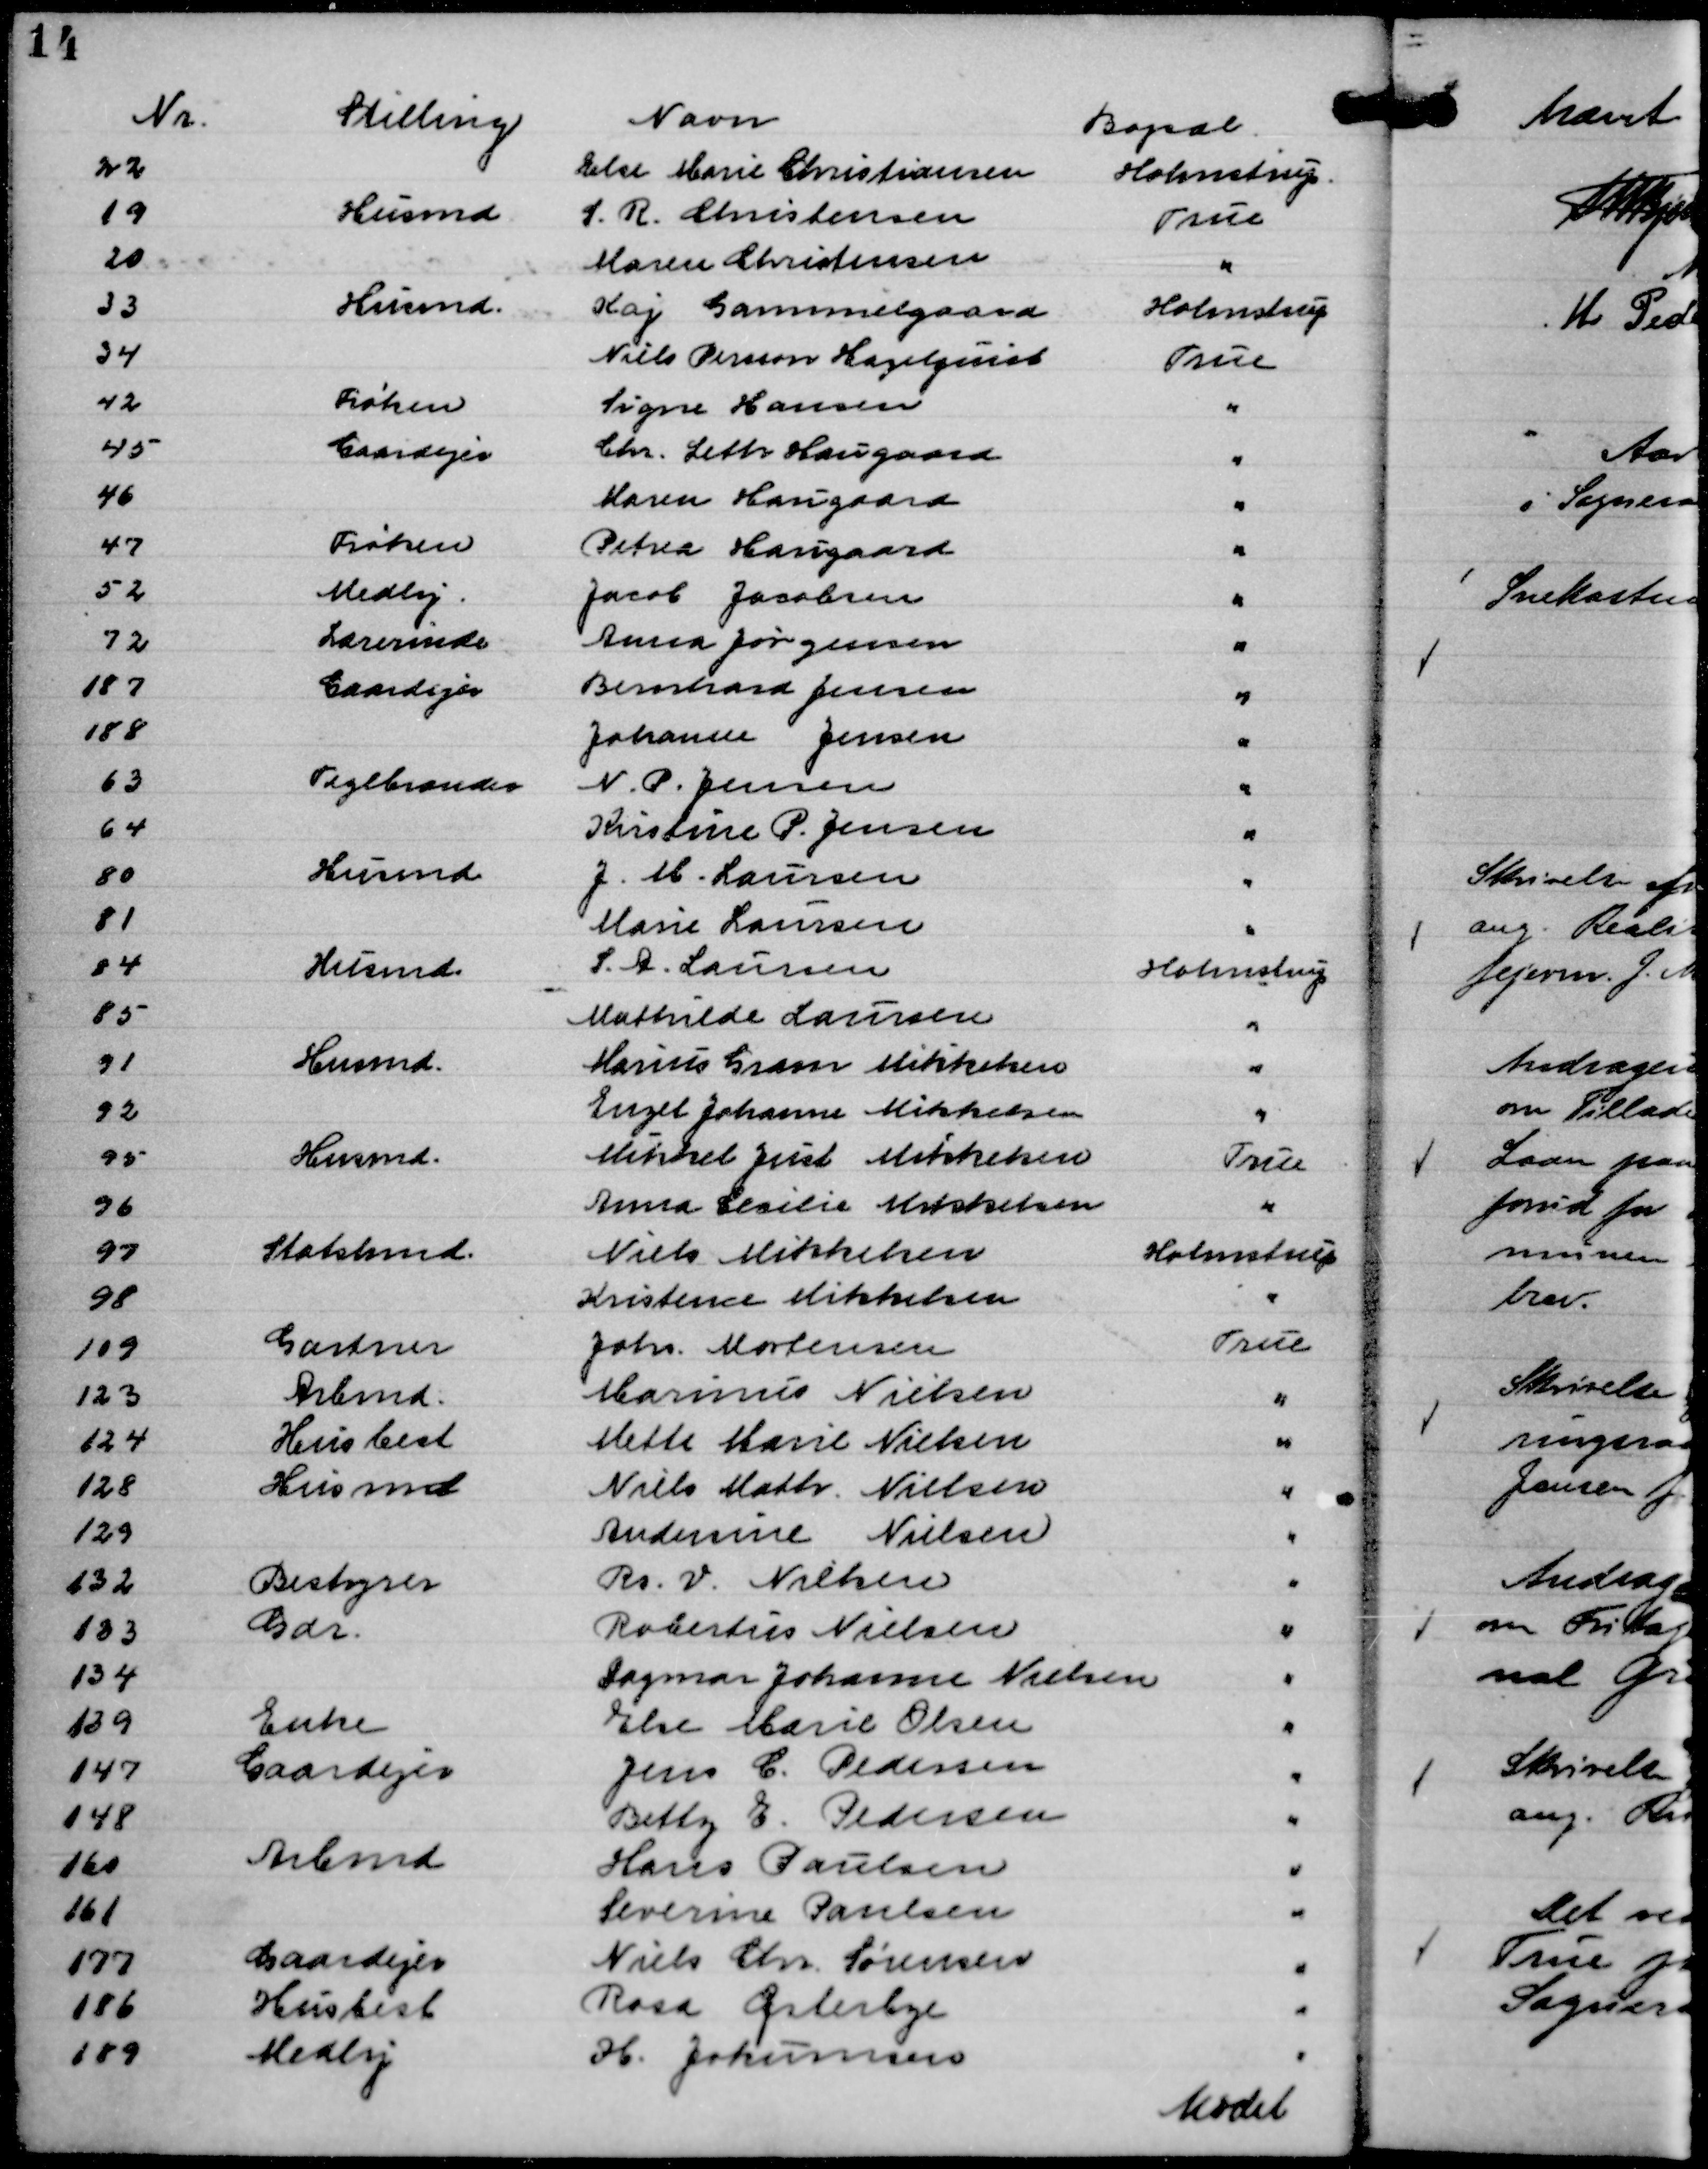
Transskription:
Nr.
Stilling
Navn
Bopæl.
22
Else Marie Christiansen
Holmstrup.
19
Husmd
S. R. Christensen
True
20
Maren Christensen
"
33
Husmd.
Kaj Gammelgaard
Holmstrup
34
Niels Persson Hagelquist
True
42
Frøken
Signe Hansen
"
45
Gaardejer
Chr. Leth Haugaard
"
46
Maren Haugaard
"
47
Frøken
Petrea Haugaard
"
72
Lærerinde
Anna Jørgensen
"
52
Medhj.
Jacob Jacobsen
"
187
Gaardejer
Bernhard Jensen
"
188
Johanne Jensen
"
63
Teglbrænder
N. P. Jensen
"
64
Kristine P. Jensen
"
80
Husmd
J. M. Laursen
"
81
Marie Laursen
"
84
Husmd.
S. A. Laursen
Holmstrup
85
Mathilde Laursen
"
91
Husmd.
Marius Gram Mikkelsen
"
92
Enzet Johanne Mikkelsen
"
95
Husmd.
Mikkel Just Mikkelsen
True
96
Anna Cecilie Mikkelsen
"
97
Statshmd.
Niels Mikkelsen
Holmstrup
98
Kristine Mikkelsen
"
109
Gartner
Johs. Mortensen
True
123
Arbmd.
Marinus Nielsen
"
124
Husbest
Mette Marie Nielsen
"
128
Husmd
Niels Math. Nielsen
"
129
Andersine Nielsen
"
133
Gdr.
Robertus Nielsen
"
132
Bestyrer
Rs. V. Nielsen
"
134
Dagmar Johanne Nielsen
"
139
Enke
Else Marie Olsen
"
147
Gaardejer
Jens C. Pedersen
"
148
Betty E. Pedersen
"
161
Severine Paulsen
"
160
Arbmd
Hans Paulsen
"
177
Gaardejer
Niels Chr Sørensen
"
186
Husbest
Rosa Østerbye
"
189
Medhj
H. Jokumsen
"

Mødet

1

4

1